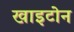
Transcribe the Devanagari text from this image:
खाइटोन